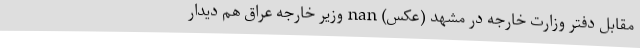
مقابل دفتر وزارت خارجه در مشهد (عکس) nan وزیر خارجه عراق هم دیدار